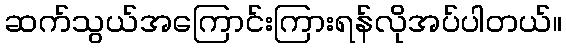
ဆက်သွယ်အကြောင်းကြားရန်လိုအပ်ပါတယ်။